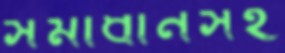
সমাধানসহ